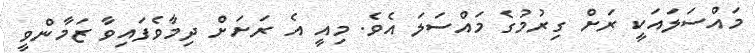
މައްސަލައަކީ ރަށް ގިރުމުގެ މައްސަލަ އެވެ. މިއީ އެ ރަށަށް ދިމާވެފައިވާ ޒަމާންވީ